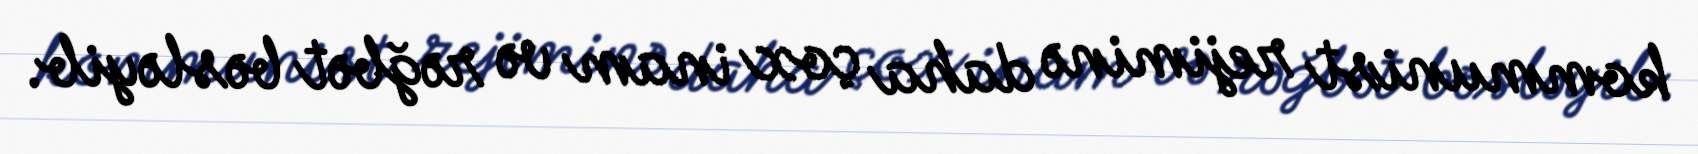
kommunist rejiminə daha çox inam və rəğbət bəsləyib.